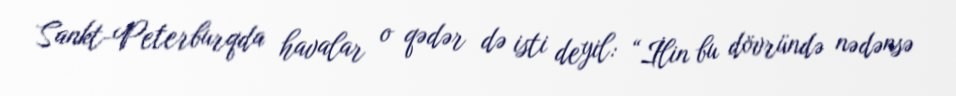
Sankt-Peterburqda havalar o qədər də isti deyil: “İlin bu dövründə nədənsə